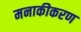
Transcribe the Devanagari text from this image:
मनाकीकरण